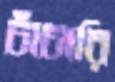
চাঁচারি